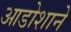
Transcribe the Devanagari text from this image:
आडोशाने